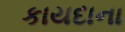
કાયદાના